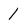
Character: 1